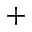
+